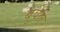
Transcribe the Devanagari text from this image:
बुर्वेल